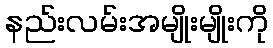
နည်းလမ်းအမျိုးမျိုးကို